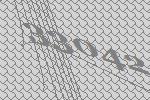
33042